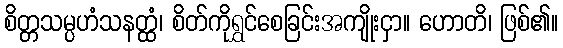
စိတ္တသမ္ပဟံသနတ္ထံ၊ စိတ်ကိုရွှင်စေခြင်းအကျိုးငှာ။ ဟောတိ၊ ဖြစ်၏။